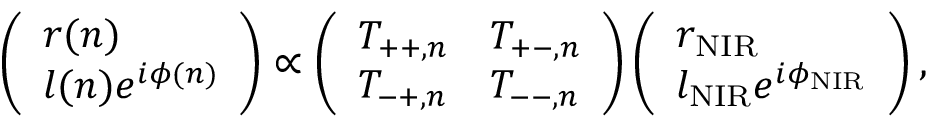
\left( \begin{array} { l } { r ( n ) } \\ { l ( n ) e ^ { i \phi ( n ) } } \end{array} \right) \propto \left( \begin{array} { l l } { T _ { + + , n } } & { T _ { + - , n } } \\ { T _ { - + , n } } & { T _ { -- , n } } \end{array} \right) \left( \begin{array} { l } { r _ { \mathrm { N I R } } } \\ { l _ { \mathrm { N I R } } e ^ { i \phi _ { \mathrm { N I R } } } } \end{array} \right) ,